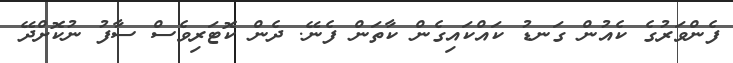
ފެންވަރުގެ ކެއުން ގަނޑު ކައްކައިގެން ކާތަން ފެނޭ. ދެން ކޮޓަރިވެސް ސާފު ނުކޮށްދޭ